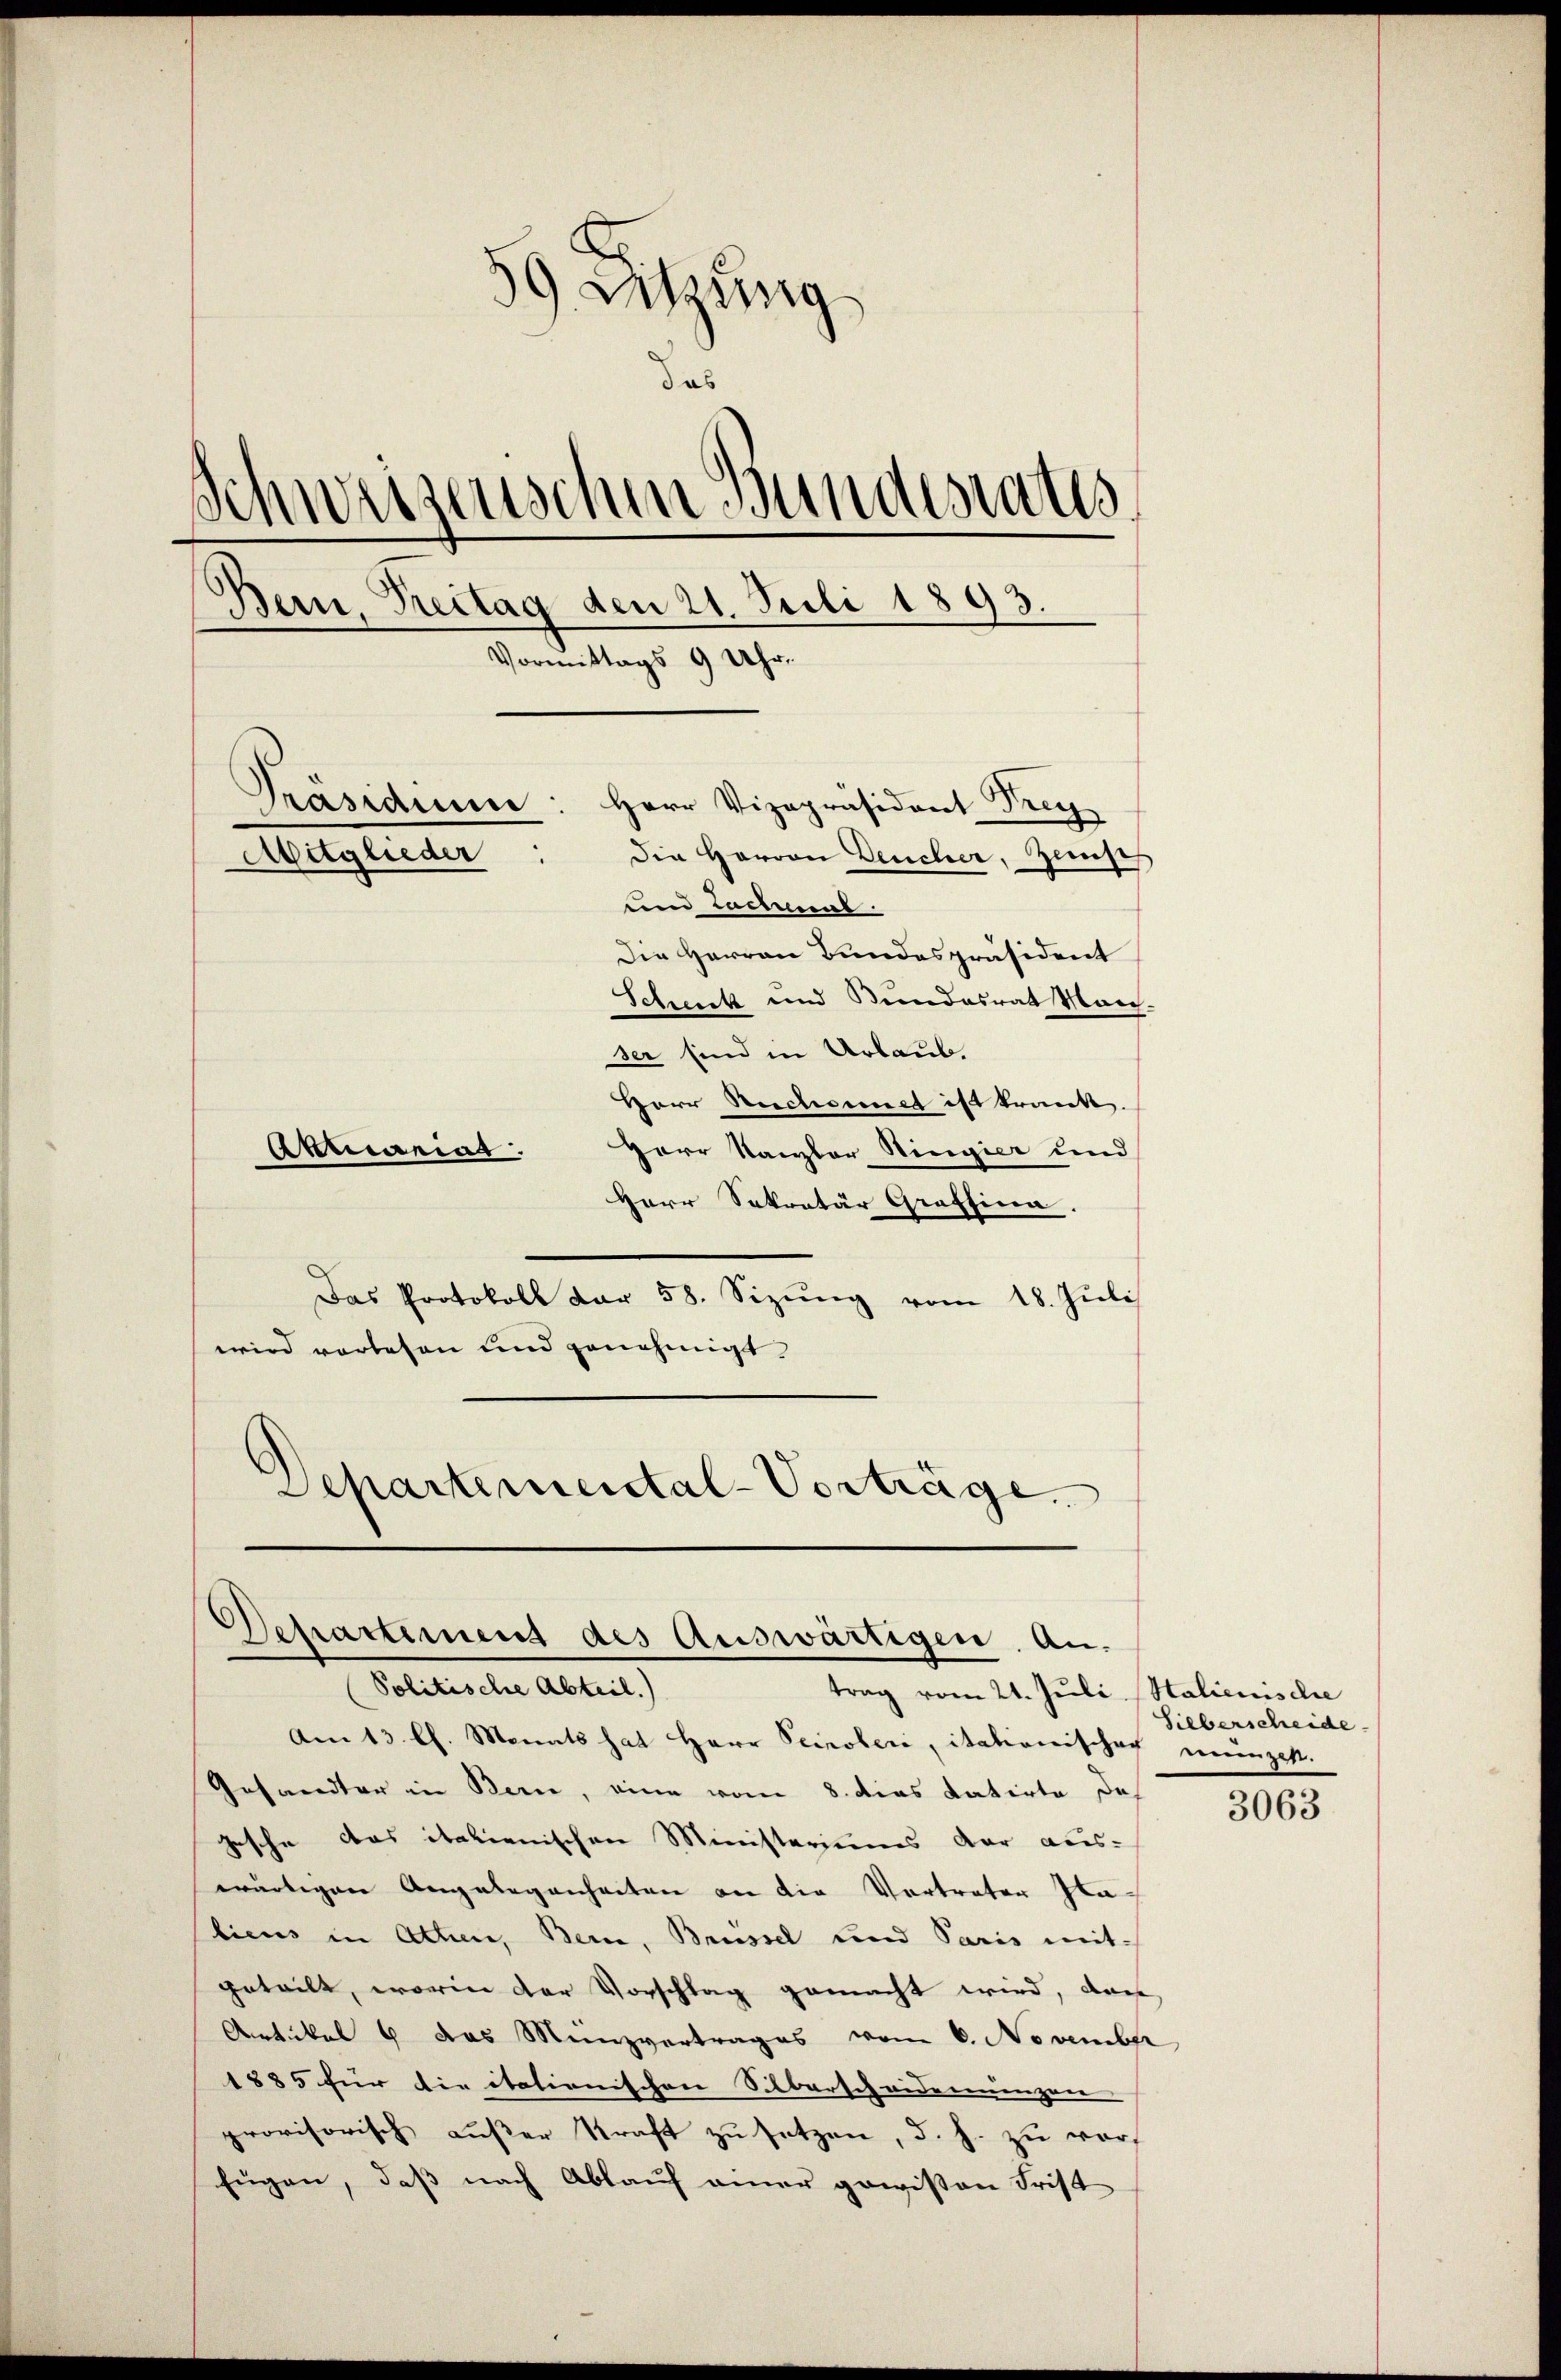
9 Setzung
das
d
dessenschen Bundesrates
Bern, Freitag den 21. Juli 1893.
Vormittags 9 Uhr.
Präsidiue: Herr Vizepräsident Frey
Mitglieder
Die Herren Deucher, Zinseh
und Lachenal
Die Herren Bundespräsident
Schenk und Bundesrat March-
ser sind in Urlaub.
Herr Rectoriet ist krank.
Aktweint
Herr Kanzler Ringier und

Herr Sekretär Grafsina.
Das Protokoll dar 58. Sizŭng vom 18. Juli
wird vorlesen und genehmigt.
Departemental-Vorträge.

Departemens des Auswärtigen. An¬

Politische Abteil.)
trag vom 21. Juli (Stalienische
Am 13. l. Monats hat Herr Seipoteri, itationischach einzelt.
Gesandter in Berie, eine vom 8. dies datirte de
Gesche das italienischen Ministeriums dar aus-
wärtigen Angelegenheiten an die Vertreter Halicus in Athen, Bern, Brüssel und Paris mit
geteilt, worin der Vorschlag gemacht wird, dan
Artikel 4 das Münzvertrages vom 6. November
1885 für die italienischen Silberscheidenenzen |
provisorisch außer Straft zu setzen, d. h. zu vorfügen, daß nach Ablauf einer gewissen Frist

Silberscheide

3063